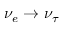
\nu _ { e } \to \nu _ { \tau }